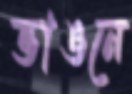
ভাঙনে